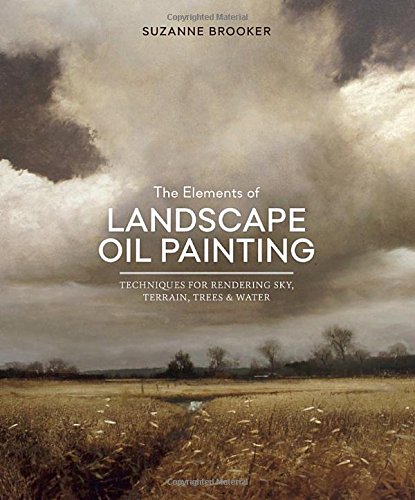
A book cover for The Elements of Landscape Oil Painting: Techniques for Rendering Sky, Terrain, Trees, and Water; Suzanne Brooker; Arts & Photography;